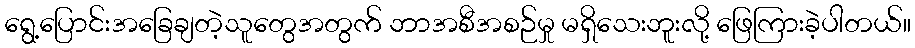
ရွေ့ပြောင်းအခြေချတဲ့သူတွေအတွက် ဘာအစီအစဉ်မှု မရှိသေးဘူးလို့ ဖြေကြားခဲ့ပါတယ်။